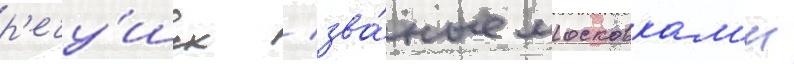
р'ечу́шек / зва́ные московкам'и